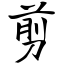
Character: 剪